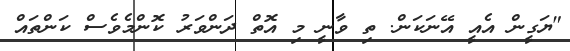
"ޔަގީން އެއީ އޭނަކަން. ތި ވާނީ މި އޮތް ދަންވަރު ކޮންމެވެސް ކަންތައް